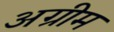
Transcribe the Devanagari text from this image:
अग्रीम